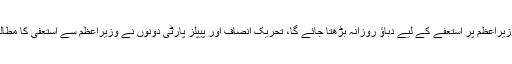
پاناما مقدمے کے فیصلے پر حکومت نعرے مارے یا مٹھائی بانٹے لیکن اس فیصلے کے بعد وزیراعظم پر استعفے کے لیے دباؤ روزانہ بڑھتا جائے گا، تحریک انصاف اور پیپلز پارٹی دونوں نے وزیراعظم سے استعفیٰ کا مطالبہ کردیا ہے، ہو سکتا ہے کہ کسی موڑ پر وہ احتجاج کے لیے اکٹھے سڑکوں پر بھی نکل آئیں۔